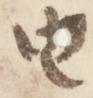
由